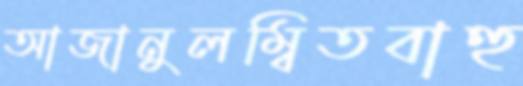
আজানুলম্বিতবাহু